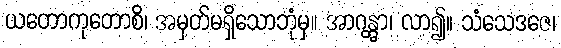
ယတောကုတောစိ၊ အမှတ်မရှိသောဘုံမှ။ အာဂန္တွာ၊ လာ၍။ သံသေဒဇေ၊